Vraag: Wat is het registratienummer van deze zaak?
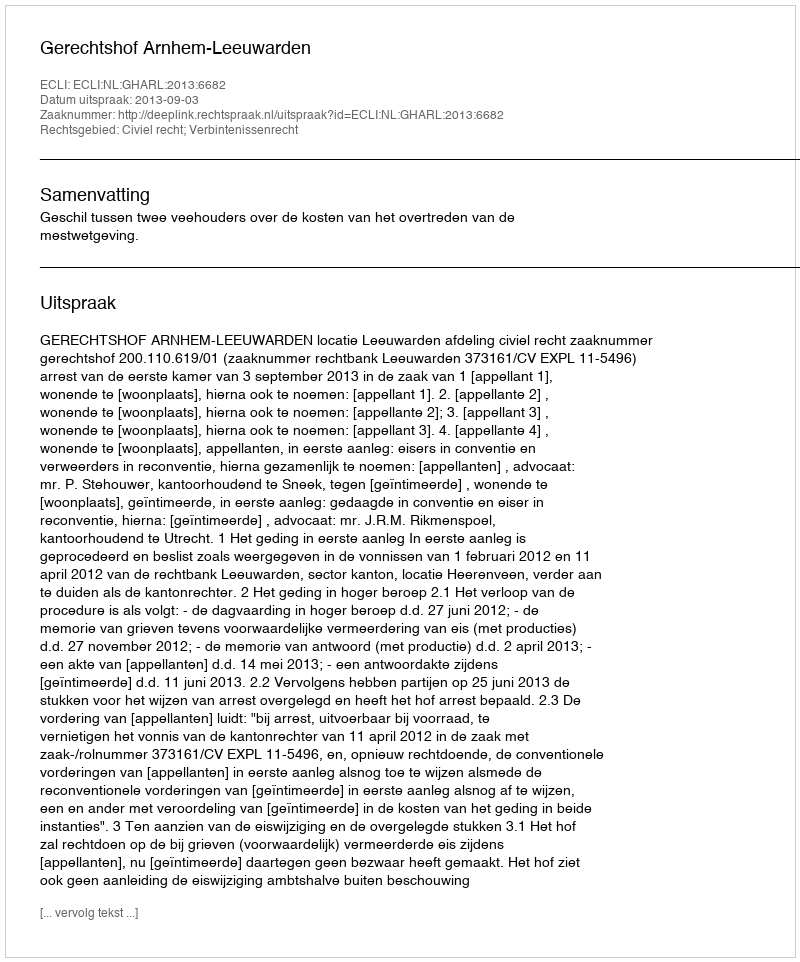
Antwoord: http://deeplink.rechtspraak.nl/uitspraak?id=ECLI:NL:GHARL:2013:6682